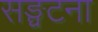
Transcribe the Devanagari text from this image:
सङ्घटना